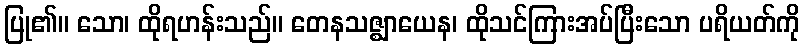
ပြု၏။ သော၊ ထိုရဟန်းသည်။ တေနသဇ္ဈာယေန၊ ထိုသင်ကြားအပ်ပြီးသော ပရိယတ်ကို